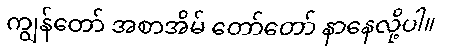
ကျွန်တော် အစာအိမ် တော်တော် နာနေလို့ပါ။